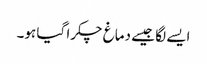
ایسے لگا جیسے دماغ چکرا گیا ہو۔